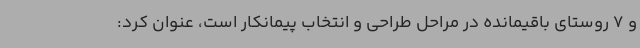
و 7 روستای باقیمانده در مراحل طراحی و انتخاب پیمانکار است، عنوان کرد: